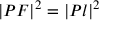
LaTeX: | P F | ^ { 2 } = | P l | ^ { 2 }